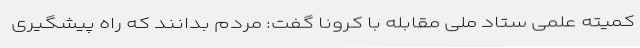
کمیته علمی ستاد ملی مقابله با کرونا گفت: مردم بدانند که راه پیشگیری